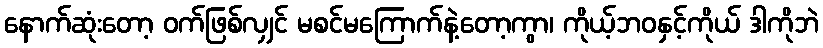
နောက်ဆုံးတော့ ဝက်ဖြစ်လျှင် မစင်မကြောက်နဲ့တော့ကွာ၊ ကိုယ့်ဘဝနှင့်ကိုယ် ဒါကိုဘဲ